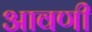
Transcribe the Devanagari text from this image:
आवणी